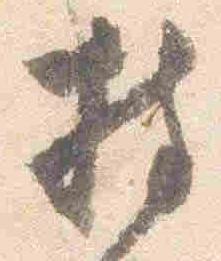
持